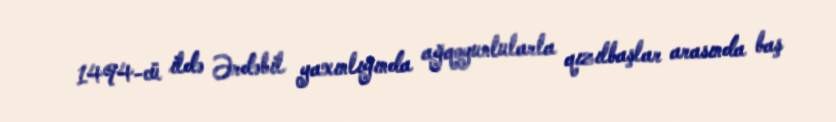
1494-cü ildə Ərdəbil yaxınlığında ağqoyunlularla qızılbaşlar arasında baş